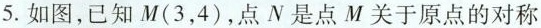
5.如图，已知M(3，4)，点N是点M关于原点的对称